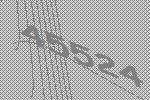
45524